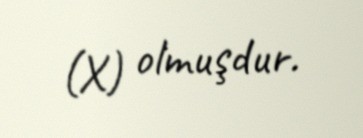
(X) olmuşdur.